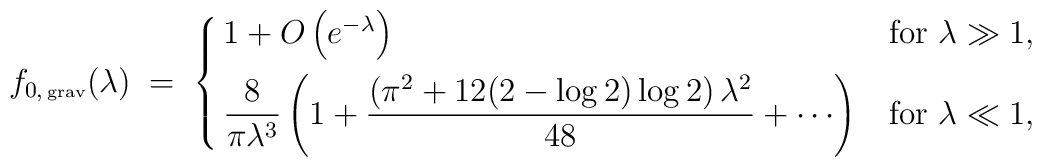
f_{0, \, \mbox{\tiny grav}}(\lambda )   \;=\;   \cases{   1 + O \left( e^{-\lambda}\right)                                                   & for $\lambda \gg 1$,  \cr           \noalign{\vskip 4pt}          \displaystyle{ \frac{8}{\pi \lambda^3}\left( 1 +  \frac{\left(\pi^2+12(2-\log{2})\log{2}\right)\lambda^2}{48} + \cdots \right)}                                                   & for $\lambda \ll 1$,   \cr         }